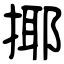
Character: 揶